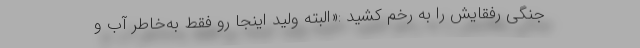
جنگی رفقایش را به رخم کشید :«البته ولید اینجا رو فقط به‌خاطر آب و